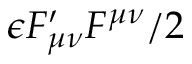
\epsilon F _ { \mu \nu } ^ { \prime } F ^ { \mu \nu } / 2